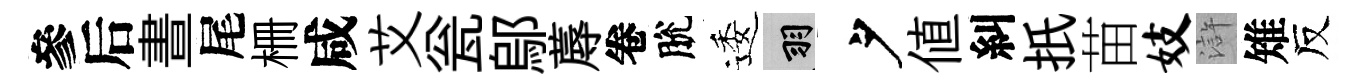
參后晝尾栅咸艾瓮鄔蓐卷脫逶羽夕値糾扺苗妓滸雉反